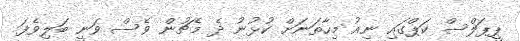
ޕީޕަލްސް ކަޕްގައި ނިއު މިހާތަނަށް ކުޅުނު ދެ މެޗުން ވެސް ވަނީ ބަލިވެފަ